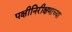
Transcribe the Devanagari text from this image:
पक्षीनिरीक्षणाच्या